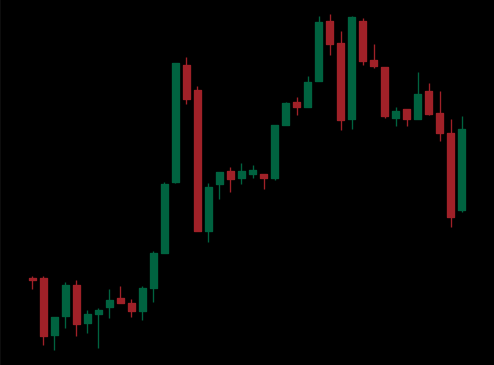
Pattern: bear_flag